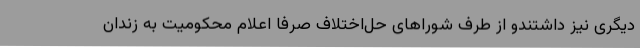
دیگری نیز داشتندو از طرف شوراهای حل‌اختلاف صرفا اعلام محکومیت به زندان